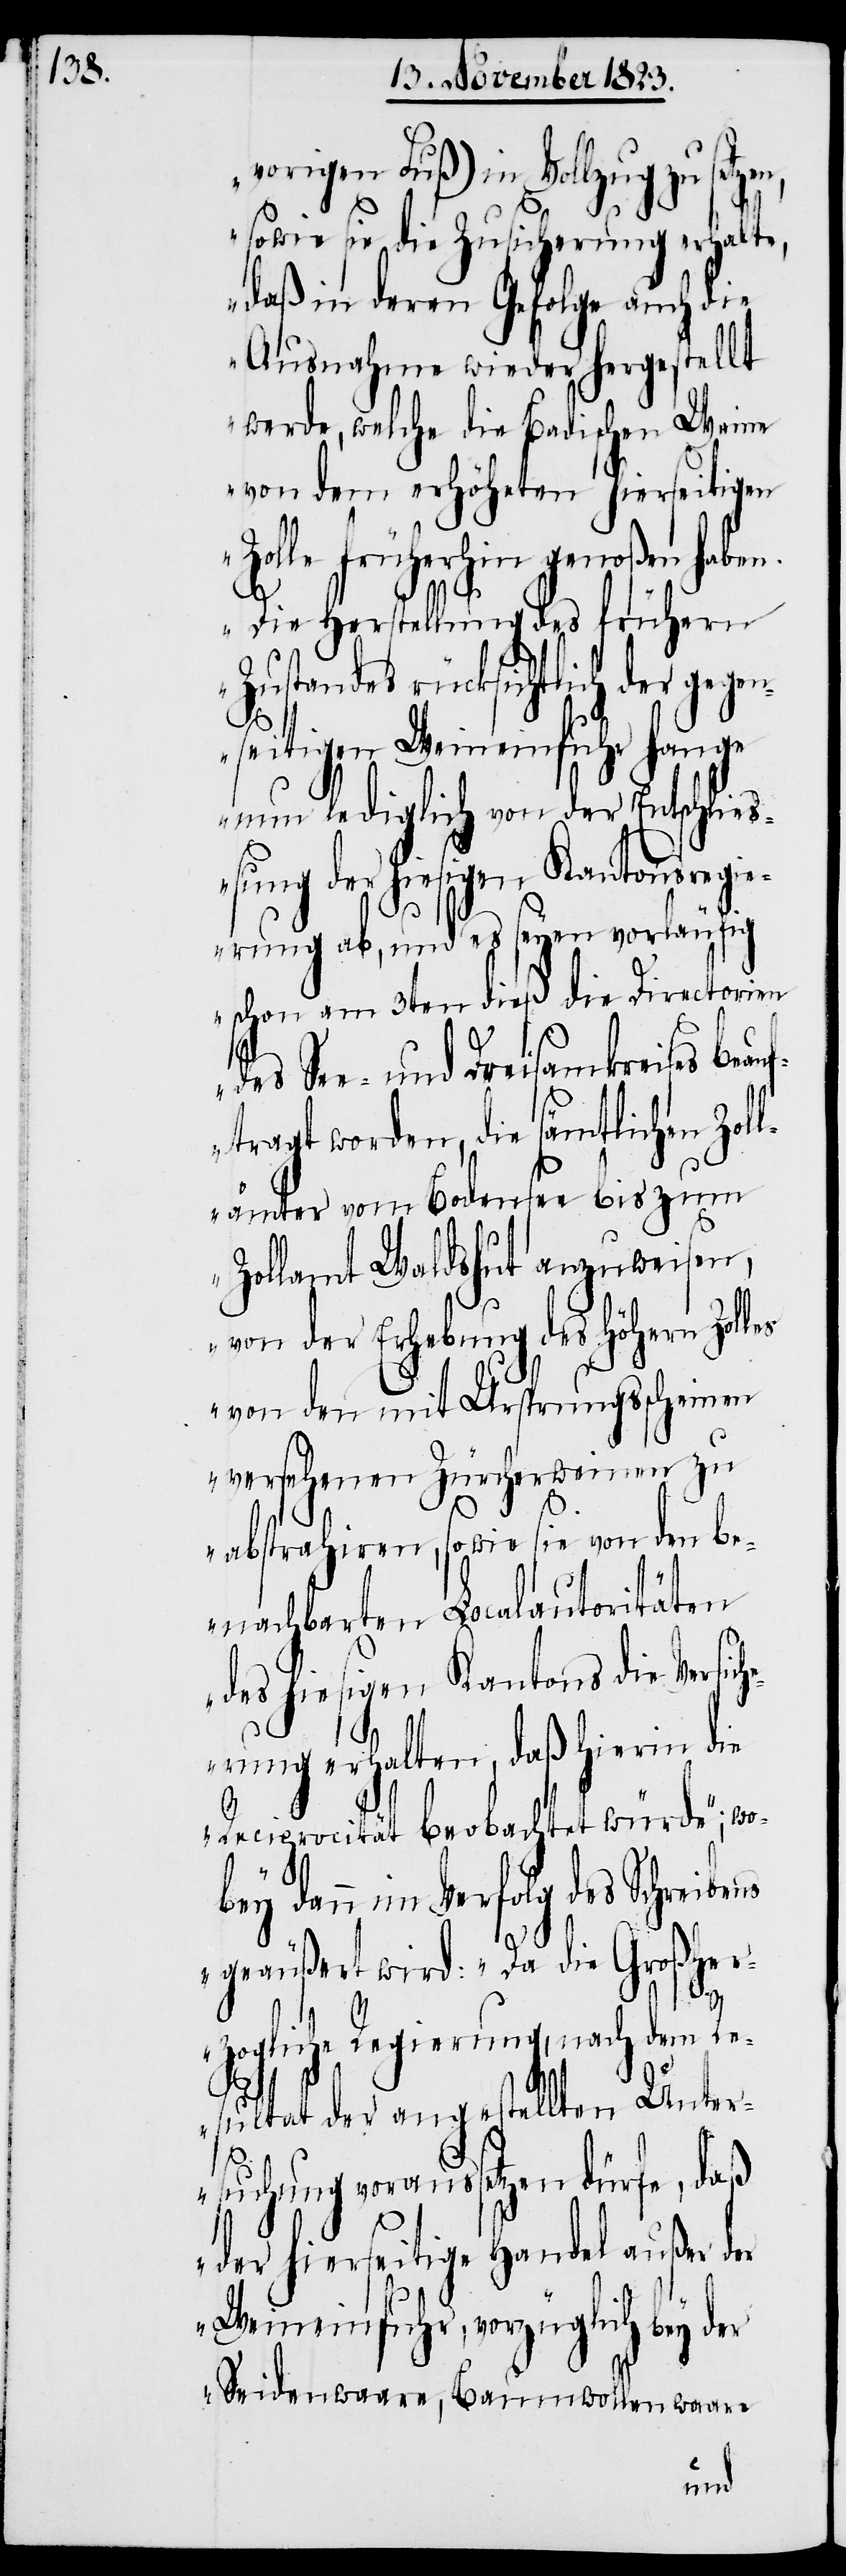
vorigen Fuß) in Vollzug zu setz¬
sowie sie die Zusicherung erhalte,
daß in deren Gefolge auch die
Ausnahme wiederhergestellt
werde, welche die Badischen Weine
von dem erhöheten hierseitigen
Zolle früherhin genoßen haben.
Die Herstellung des frühern
Zustandes rücksichtlich der gegen¬
seitigen Weineinfuhr hange
nun lediglich von der Entschli¬
eßung der hiesigen Kantonsregi¬
erung ab, und es seyen vorläufig
schon am 3ten dieß die Directorien
des See- und Dreisamkreises beau¬
ftragt worden, die sämtlichen Zol¬
lämter vom Bodensee bis zum
Zollamt Waldshut anzuweisen,
von der Erhebung des höhern Zolles
ns
von den mit Ursprungsscheinen
versehenen Zürcherweinen zu
abstrahiren, sowie sie von den b¬
enachbarten Localautoritäten
des hiesigen Kantons die Versich¬
erung erhalten, daß hierin die
Reciprocität beobachtet würde“; wo¬
bey dann im Verfolg des Schreibe¬
geäußert wird: „Da die Großher¬
zogliche Regierung, nach dem Re¬
en,
sultat der angestellten Unter¬
suchung voraussetzen dürfe, daß
der hierseitige Handel außer der
Weineinfuhr, vorzüglich bey der
Seidenwaare, Baumwollenwaare